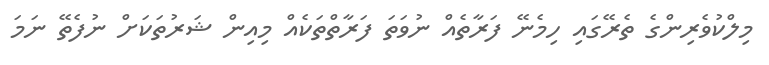
މިލްކުވެރިންގެ ތެރޭގައި ހިމެނޭ ފަރާތެއް ނުވަތަ ފަރާތްތަކެއް މިއިން ޝަރުތަކަށް ނުފެތޭ ނަމަ